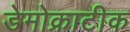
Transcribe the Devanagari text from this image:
डेमोक्राटीक